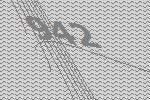
942